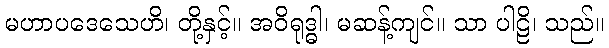
မဟာပဒေသေဟိ၊ တို့နှင့်။ အဝိရုဒ္ဓါ၊ မဆန့်ကျင်။ သာ ပါဠိ၊ သည်။